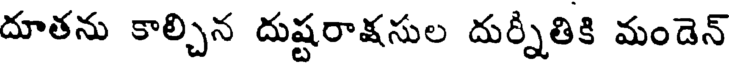
దూతను కాల్చిన దుష్టరాక్షసుల దుర్నితికి మండెన్